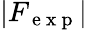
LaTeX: |F_{\mathrm{~e~x~p~}}|